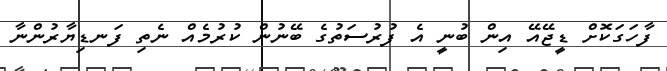
ފާހަގަކޮށް ޑީޖޭއޭ އިން ބުނީ އެ ފުރުސަތުގެ ބޭނުން ކުރުމެއް ނެތި ފަނޑިޔާރުންނާ